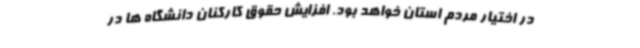
در اختیار مردم استان خواهد بود. افزایش حقوق کارکنان دانشگاه ها در